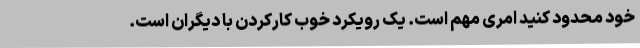
خود محدود کنید امری مهم است. یک رویکرد خوب کارکردن با دیگران است.